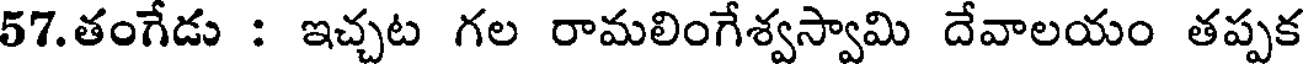
57.తంగేడు : ఇచ్చట గల రామలింగేశ్వస్వామి దేవాలయం తప్పక